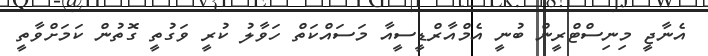
އެނާޖީ މިނިސްޓްރީން ބުނީ އެމްއާރްޑީސީއާ މަސައްކަތް ހަވާލު ކުރީ ވަގުތީ ގޮތުން ކަމަށްވާތީ